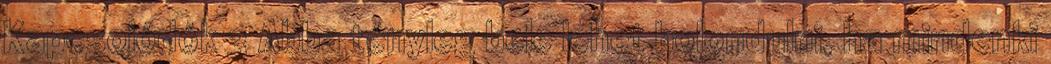
Kapcsolódók 3 Abba tényleg bele lehet bolondulni, ha mindenki